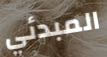
المبدئي